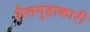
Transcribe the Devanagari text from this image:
शैलगुहाकारी